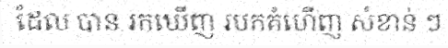
ដែល បាន រកឃើញ របកគំហើញ សំខាន់ ៗ